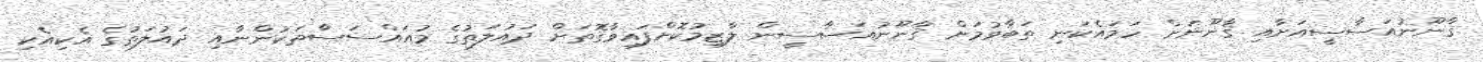
ޤާނޫނުއަސާސީއަށާއި ޤާނޫނަށް ހަމައެކަނި ތަބާވުމަށް ޤާނޫނުއަސާސީން ލާޒިމުކޮށްފައިވާގޮތަށް ދައުލަތުގެ މުއައްސަސާތަކުންނާއި ދައުލަތުގެ އެކިއެކި